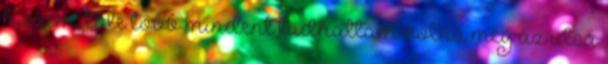
hiszem, tőle több mindent tudhattam volna meg az utca